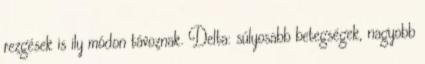
rezgések is ily módon távoznak. Delta: súlyosabb betegségek, nagyobb